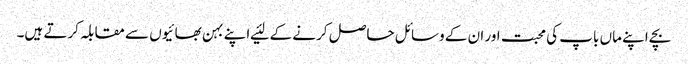
بچے اپنے ماں باپ کی محبت اور ان کے وسائل حاصل کرنے کے لئیے اپنے بہن بھائیوں سے مقابلہ کرتے ہیں۔